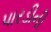
પારડીની